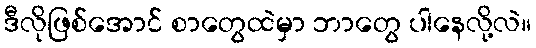
ဒီလိုဖြစ်အောင် စာတွေထဲမှာ ဘာတွေ ပါနေလို့လဲ။